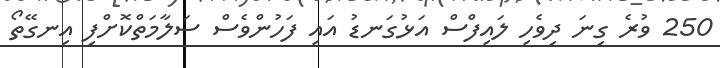
250 ވުރެ ގިނަ ދިވެހި ލައިފްސް އަޅުގަނޑު އައި ފަހުންވެސް ސަލާމަތްކޮށްފި އިނގޭތޯ